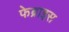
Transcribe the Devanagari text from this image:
फेब्राइस